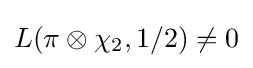
L(\pi \otimes \chi _{2},1/2)\neq 0